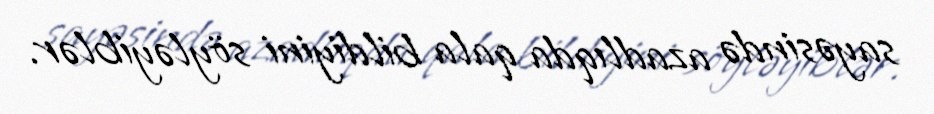
sayəsində azadlıqda qala bildiyini söyləyiblər.